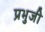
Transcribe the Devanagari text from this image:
प्रभुजी